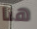
هنا